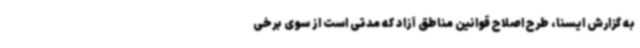
به گزارش ایسنا، طرح اصلاح قوانین مناطق آزاد که مدتی است از سوی برخی